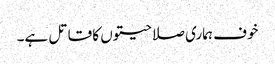
خوف ہماری صلاحیتوں کا قاتل ہے۔